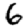
Digit: 6